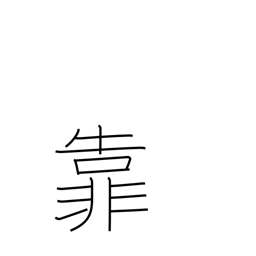
Meaning: lean on